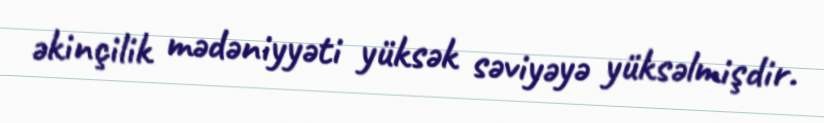
əkinçilik mədəniyyəti yüksək səviyəyə yüksəlmişdir.